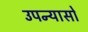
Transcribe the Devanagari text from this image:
उपन्यासो